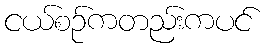
ငယ်စဉ်ကတည်းကပင်